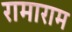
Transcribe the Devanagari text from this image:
रामाराम